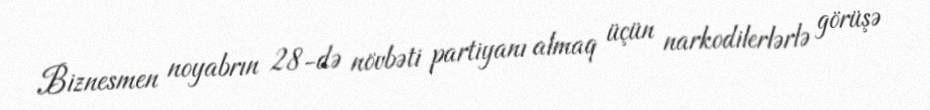
Biznesmen noyabrın 28-də növbəti partiyanı almaq üçün narkodilerlərlə görüşə